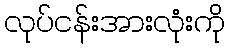
လုပ်ငန်းအားလုံးကို